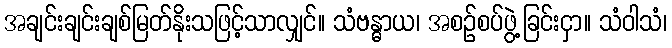
အချင်းချင်းချစ်မြတ်နိုးသဖြင့်သာလျှင်။ သံဗန္ဓာယ၊ အစဉ်စပ်ဖွဲ့ခြင်းငှာ။ သံဝါသံ၊